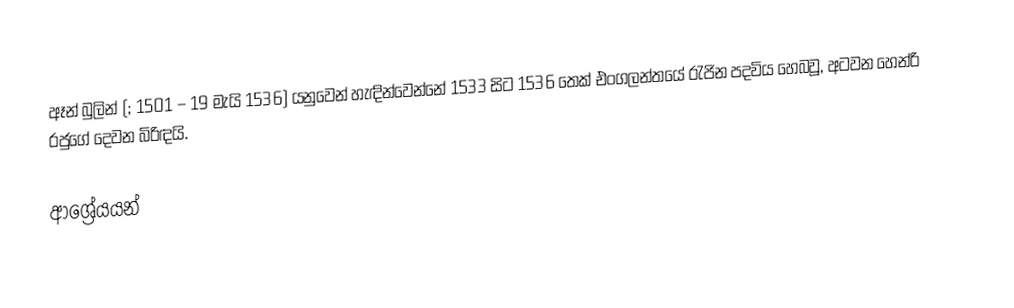
ඈන් බුලින් (;  1501 – 19 මැයි 1536) යනුවෙන් හැඳින්වෙන්නේ 1533 සිට 1536 තෙක් එංගලන්තයේ රැජින පදවිය හෙබවූ, අටවන හෙන්රි රජුගේ දෙවන බිරිඳයි.

ආශ්‍රේයයන්